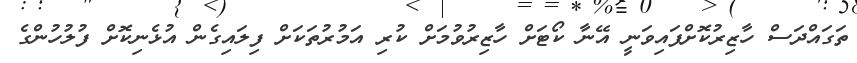
ތަގައްދަސް ހާޒިރުކޮށްފައިވަނީ އޭނާ ކޯޓަށް ހާޒިރުވުމަށް ކުރި އަމުރުތަކަށް ފިލައިގެން އުޅެނިކޮށް ފުލުހުންގެ